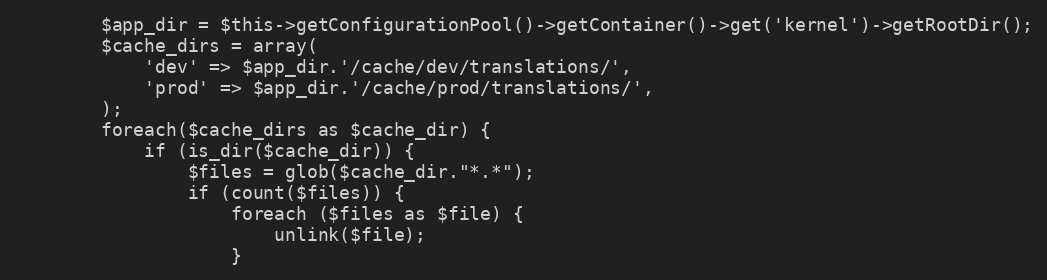
Language: PHP
        $app_dir = $this->getConfigurationPool()->getContainer()->get('kernel')->getRootDir();
        $cache_dirs = array(
            'dev' => $app_dir.'/cache/dev/translations/',
            'prod' => $app_dir.'/cache/prod/translations/',
        );
        foreach($cache_dirs as $cache_dir) {
            if (is_dir($cache_dir)) {
                $files = glob($cache_dir."*.*");
                if (count($files)) {
                    foreach ($files as $file) {
                        unlink($file);
                    }